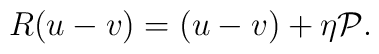
R (u -v)=(u -v) + \eta {\cal P}.